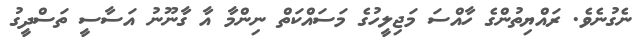
ނެގުނެވެ. ރައްޔިތުންގެ ހާއްސަ މަޖިލީހުގެ މަސައްކަތް ނިންމާ އާ ގާނޫނު އަސާސީ ތަސްދީގު